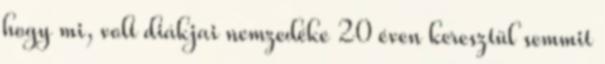
hogy mi, volt diákjai nemzedéke 20 éven keresztül semmit